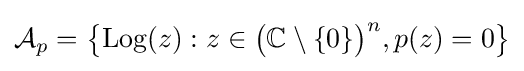
{\mathcal {A}}_{p}=\left\{\operatorname {Log} (z):z\in {\big (}\mathbb {C} \setminus \{0\}{\big )}^{n},p(z)=0\right\}